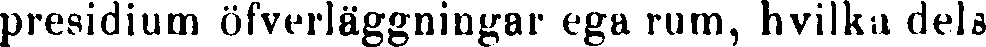
presidium öfverläggningar ega rum, hvilka dels